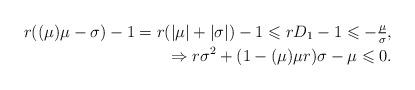
LaTeX: \begin{align*} r((\mu)\mu-\sigma)- 1 = r(|\mu|+|\sigma|)- 1 \leqslant rD_1 - 1 \leqslant - \tfrac{\mu}{\sigma},\\ \Rightarrow r\sigma ^2 + (1-(\mu)\mu r)\sigma - \mu \leqslant 0.\end{align*}